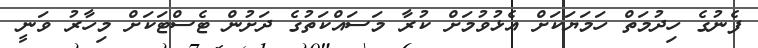
ފެނުގެ ހިދުމަތް ހަމަޔަކަށް އެޅުވުމަށް ކުރާ މަސައްކަތުގެ ދަށުން ޓެސްޓަކަށް މިހާރު ވަނީ